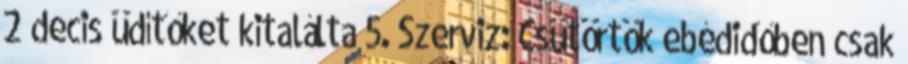
2 decis üdítőket kitalálta 5. Szerviz: Csütörtök ebédidőben csak